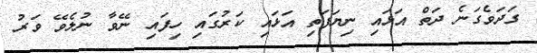
ގަދަވެގަނެ ދަތް އަޅައި ނިޔަފަތި އަޅައި ކަރުގައި ހިފައި ނޭވާ ނުލެވޭ ވަރު